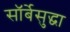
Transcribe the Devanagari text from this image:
सॉर्बेसुद्धा